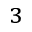
_ 3